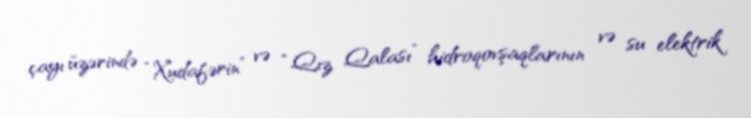
çayı üzərində “Xudafərin” və “Qız Qalası” hidroqovşaqlarının və su elektrik